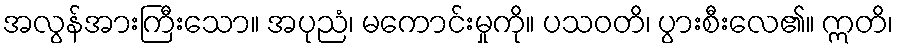
အလွန်အားကြီးသော။ အပုညံ၊ မကောင်းမှုကို။ ပသဝတိ၊ ပွားစီးလေ၏။ ဣတိ၊